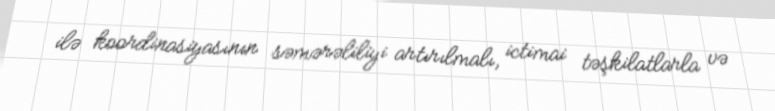
ilə koordinasiyasının səmərəliliyi artırılmalı, ictimai təşkilatlarla və